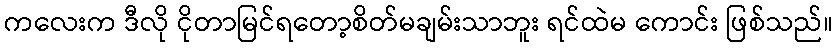
ကလေးက ဒီလို ငိုတာမြင်ရတော့စိတ်မချမ်းသာဘူး ရင်ထဲမ ကောင်း ဖြစ်သည်။